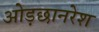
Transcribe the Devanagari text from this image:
ओड़छानरेश